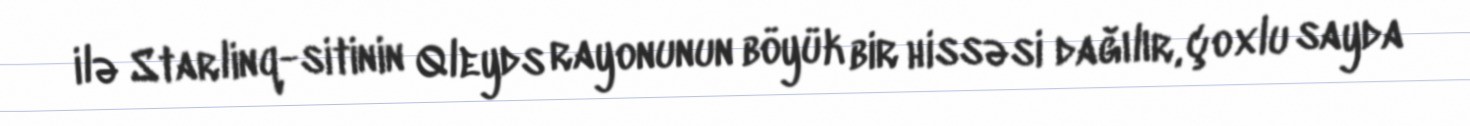
ilə Starlinq-sitinin Qleyds rayonunun böyük bir hissəsi dağılır, çoxlu sayda